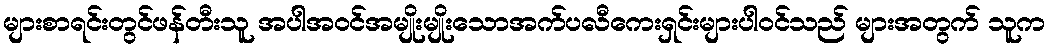
များစာရင်းတွင်ဖန်တီးသူ အပါအဝင်အမျိုးမျိုးသောအက်ပလီကေးရှင်းများပါဝင်သည် များအတွက် သူက